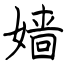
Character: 嫱